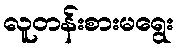
လူတန်းစားမရွေး